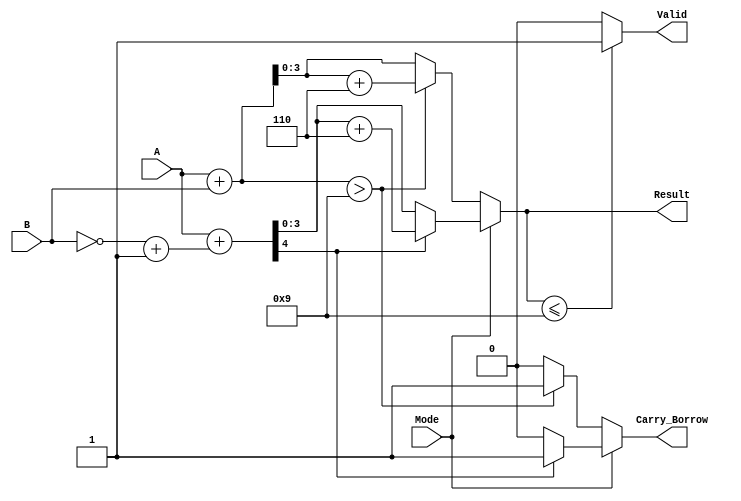
module BCD_Add_Subtracter (
    input [3:0] A,          // First BCD operand
    input [3:0] B,          // Second BCD operand
    input Mode,             // Mode selection (0 for addition, 1 for subtraction)
    output reg [3:0] Result, // BCD result of the operation
    output reg Carry_Borrow, // Carry out for addition or borrow for subtraction
    output reg Valid         // Validity of the BCD result
);

    wire [4:0] Sum;         // 5-bit sum to accommodate carry
    wire [4:0] Sub;         // 5-bit result for subtraction
    wire [3:0] B_comp;      // Two's complement of B for subtraction

    // Two's complement of B for subtraction
    assign B_comp = ~B + 4'b0001;

    // Binary addition
    assign Sum = A + B;

    // Binary subtraction using two's complement
    assign Sub = A + B_comp;

    always @(*) begin
        // Default outputs
        Result = 4'b0000;
        Carry_Borrow = 1'b0;
        Valid = 1'b0;

        if (Mode == 1'b0) begin // Addition
            if (Sum > 4'b1001) begin // Check if sum exceeds 9
                Result = Sum + 4'b0110; // Add correction factor
                Carry_Borrow = 1'b1; // Set carry
            end else begin
                Result = Sum[3:0]; // Valid BCD result
                Carry_Borrow = 1'b0; // No carry
            end
        end else begin // Subtraction
            if (Sub[4] == 1'b1) begin // Check for negative result
                Result = Sub + 4'b0110; // Apply borrow correction
                Carry_Borrow = 1'b1; // Set borrow
            end else begin
                Result = Sub[3:0]; // Valid BCD result
                Carry_Borrow = 1'b0; // No borrow
            end
        end

        // Check for valid BCD output
        if (Result <= 4'b1001) begin
            Valid = 1'b1; // Result is valid BCD
        end else begin
            Valid = 1'b0; // Result is not valid BCD
        end
    end
endmodule